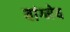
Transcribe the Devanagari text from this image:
वांग्मेय